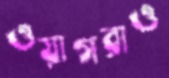
ওয়াগরাও